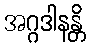
အဂ္ဂဒါနန္တိ